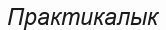
Практикалык